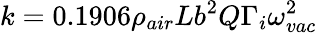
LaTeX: k=0.1906\rho_{air}Lb^{2}Q\Gamma_{i}\omega_{vac}^{2}